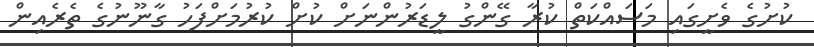
ކުށުގެ ވެށީގައި މަސައްކަތް ކުރާ ގޭންގު ލީޑަރުންނަށް ކުށް ކުރުމަށްފަހު ގާނޫނުގެ ތެރެއިން